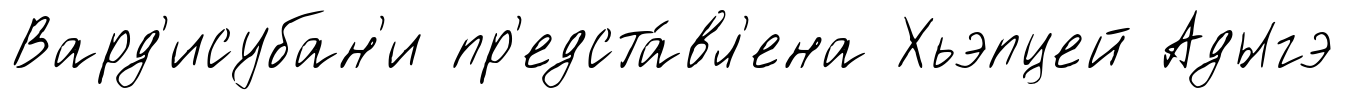
Вард'исубан'и пр'едста́вл'ена Хьэпцей Адыгэ